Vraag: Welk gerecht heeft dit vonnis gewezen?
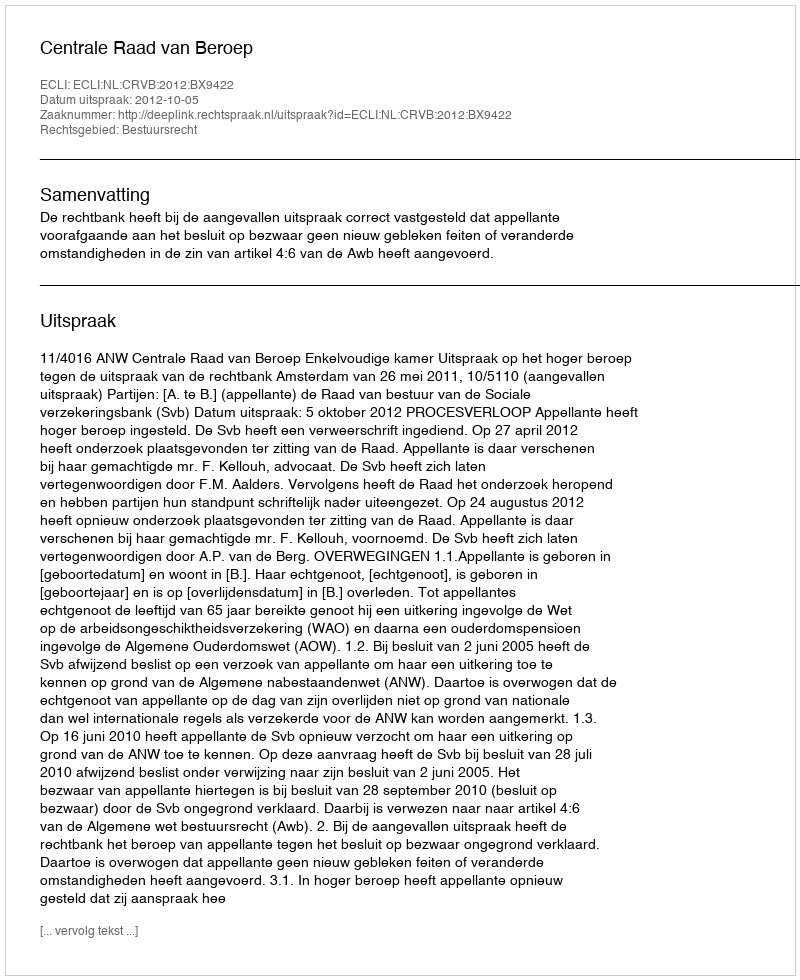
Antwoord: Centrale Raad van Beroep